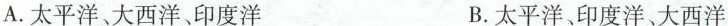
A.太平洋、大西洋、印度洋 B.太平洋、印度洋、大西洋